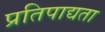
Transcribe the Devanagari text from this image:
प्रतिपाद्यता